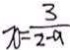
x = \frac { 3 } { 2 - a }